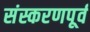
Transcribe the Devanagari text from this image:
संस्करणपूर्व